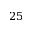
2 5